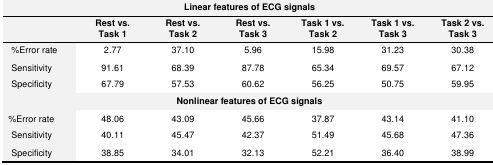
| <COLSPAN=7> Linear features of ECG signals |
 |  | Rest vs. Task 1 | Rest vs. Task 2 | Rest vs. Task 3 | Task 1 vs. Task 2 | Task 1 vs. Task 3 | Task 2 vs. Task 3 |
 | --- | --- | --- | --- | --- | --- | --- |
 | %Error rate | 2.77 | 37.10 | 5.96 | 15.98 | 31.23 | 30.38 |
 | Sensitivity | 91.61 | 68.39 | 87.78 | 65.34 | 69.57 | 67.12 |
 | Specificity | 67.79 | 57.53 | 60.62 | 56.25 | 50.75 | 59.95 |
 | <COLSPAN=7> Nonlinear features of ECG signals |
 | %Error rate | 48.06 | 43.09 | 45.66 | 37.87 | 43.14 | 41.10 |
 | Sensitivity | 40.11 | 45.47 | 42.37 | 51.49 | 45.68 | 47.36 |
 | Specificity | 38.85 | 34.01 | 32.13 | 52.21 | 36.40 | 38.99 |